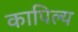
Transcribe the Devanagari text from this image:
कापिल्य